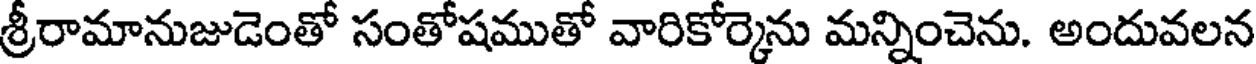
శ్రీరామానుజుడెంతో సంతోషముతో వారికోర్కెను మన్నించెను. అందువలన